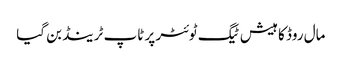
مال روڈ کا ہیش ٹیگ ٹوئٹر پر ٹاپ ٹرینڈ بن گیا